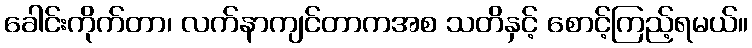
ခေါင်းကိုက်တာ၊ လက်နာကျင်တာကအစ သတိနှင့် စောင့်ကြည့်ရမယ်။